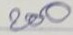
200